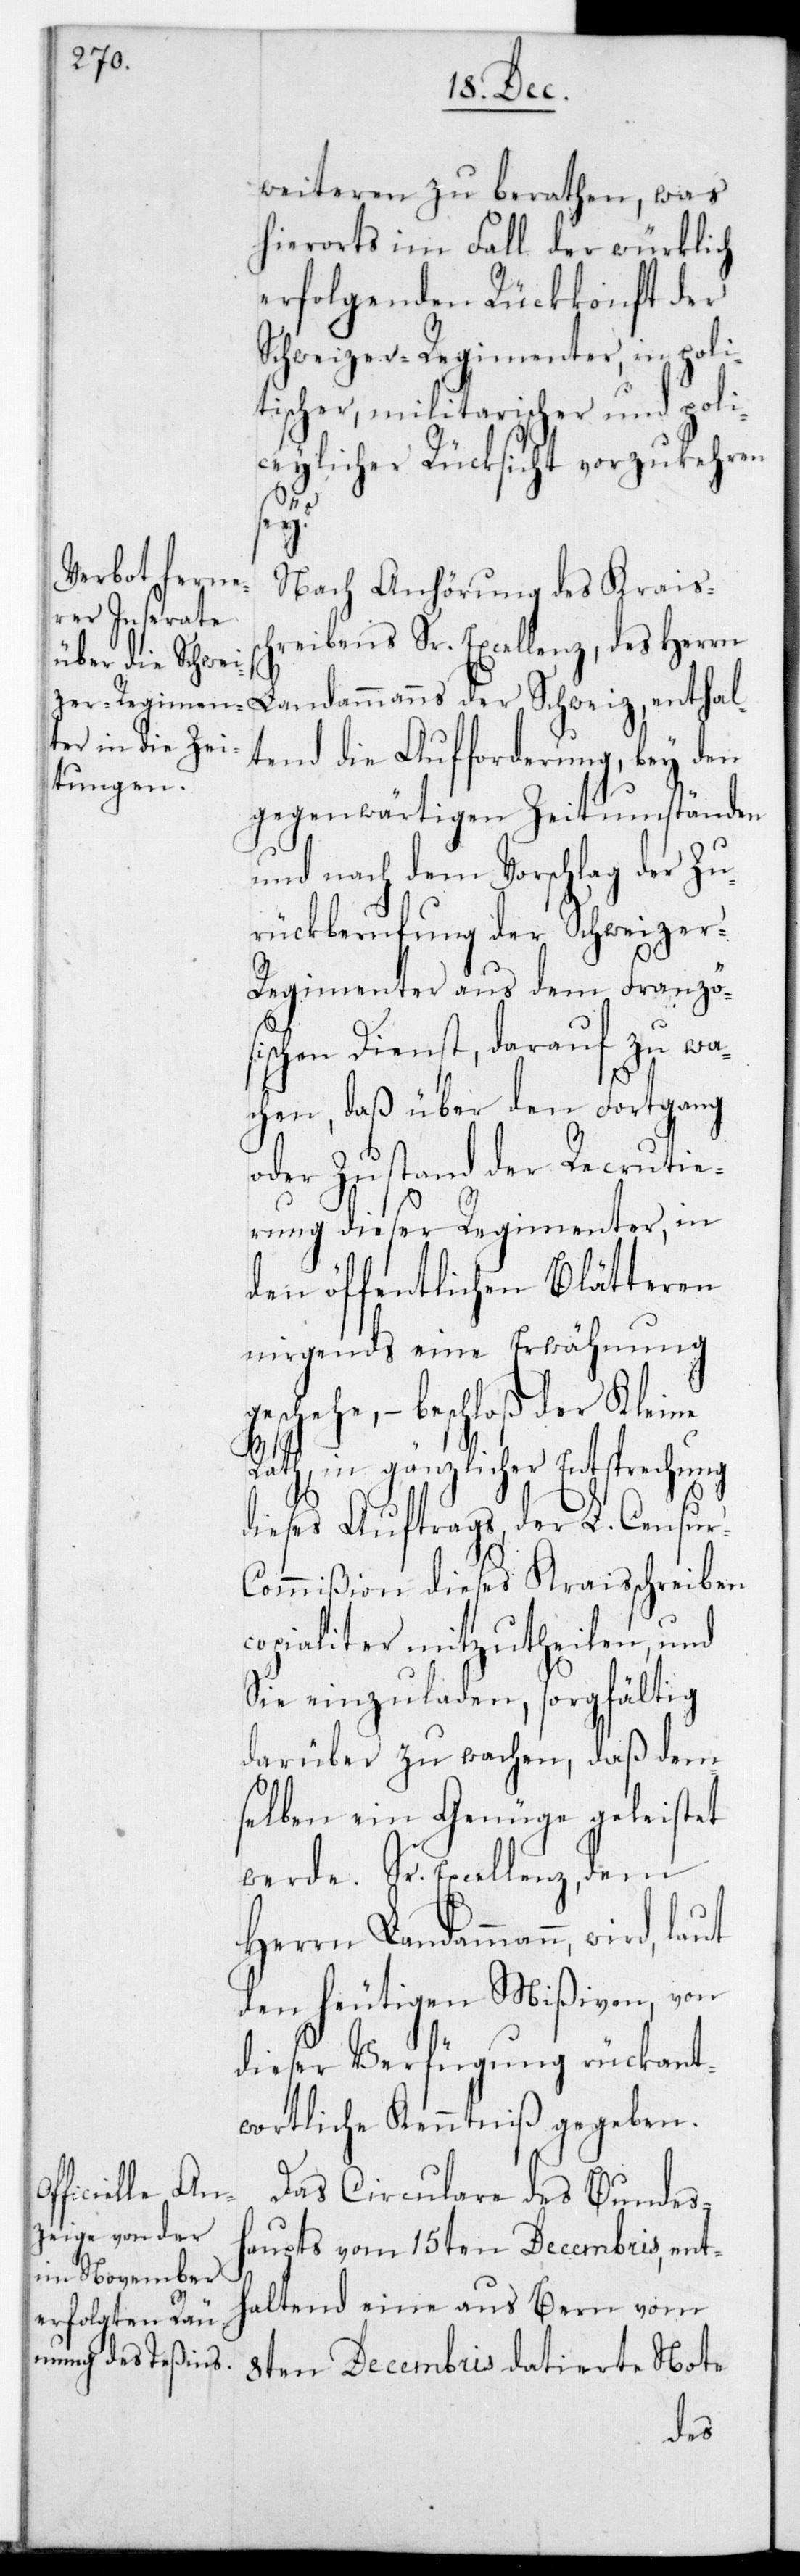
weiteren zu berathen, was
hierorts im Fall der würklich
erfolgenden Rückkonft der
Schweizer Regimenter in poli¬
tischer, militarischer und poli¬
zeylicher Rücksicht vorzukehren
ne
Nach Anhörung des Krais¬
reibens Sr. Excellenz des Herrn
Landammanns der Schweiz, enthal¬
tend die Aufforderung, bey den
gegenwärtigen Zeitumständen
und nach dem Vorschlag der Zu¬
rückberufung der Schweize¬
r-Regimenter aus dem Französ¬
ischen Dienst, darauf zu wa¬
chen, daß über den Fortgang
oder Zustand der Recrutie¬
rung dieser Regimenter, in
den öffentlichen Blätteren
nirgends eine Erwähnung
hehe, – beschloß der Klei¬
Rath, in gänzlicher Entsprechung
dieses Auftrags der L. Censur-C¬
ommißion dieses Kraisschreiben
copialiter mitzutheilen, und
Sie einzuladen, sorgfältig
darüber zu wachen, daß dem¬
selben ein Genüge geleistet
werde. Sr. Excellenz dem
Herrn Landammann wird laut
den heutigen Mißiven, von
dieser Verfügung rückant¬
wortliche Kenntniß gegeben.
Das Circulare des Bundes¬
haupts vom 15ten Decembris, ent¬
haltend eine aus Bern vom
8ten Decembris datierte Note